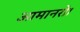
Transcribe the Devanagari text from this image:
आमानरो।